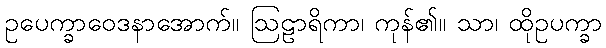
ဥပေက္ခာဝေဒနာအောက်။ ဩဠာရိကာ၊ ကုန်၏။ သာ၊ ထိုဥပက္ခာ